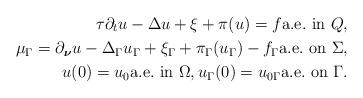
LaTeX: \begin{align*} \tau \partial _t u-\Delta u + \xi + \pi (u) =f\mbox{a.e.\ in }Q,\\\mu _\Gamma =\partial_{\boldsymbol{\nu }} u - \Delta _\Gamma u_\Gamma +\xi _\Gamma + \pi _\Gamma (u_\Gamma )-f_\Gamma\mbox{a.e.\ on }\Sigma,\\u(0)=u_0 \mbox{a.e.\ in }\Omega, u_\Gamma (0)=u_{0\Gamma}\mbox{a.e.\ on }\Gamma.\end{align*}